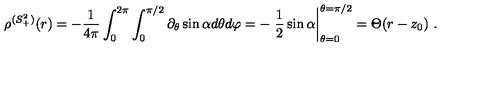
\rho ^ { ( S _ { + } ^ { 2 } ) } ( r ) = - \frac { 1 } { 4 \pi } \int _ { 0 } ^ { 2 \pi } \int _ { 0 } ^ { \pi / 2 } \partial _ { \theta } \sin \alpha d \theta d \varphi = - \left. \frac { 1 } { 2 } \sin \alpha \right| _ { \theta = 0 } ^ { \theta = \pi / 2 } = \Theta ( r - z _ { 0 } ) \ .